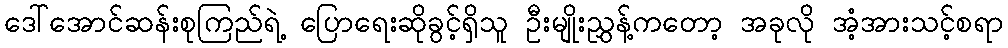
ဒေါ်အောင်ဆန်းစုကြည်ရဲ့ ပြောရေးဆိုခွင့်ရှိသူ ဦးမျိုးညွှန့်ကတော့ အခုလို အံ့အားသင့်စရာ